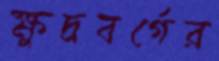
ক্ষুদ্রবর্গের